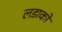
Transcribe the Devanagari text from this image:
लडाकों